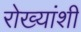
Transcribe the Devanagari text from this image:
रोख्यांशी